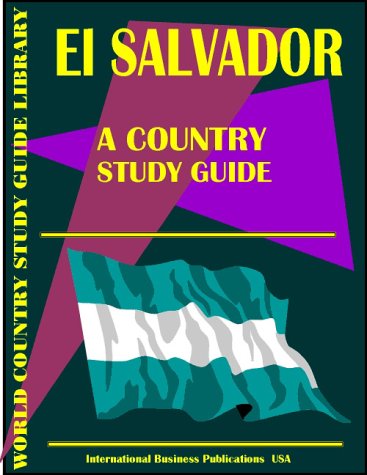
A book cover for El Salvador: Country Study Guide; Inc. Global Investment & Business Center; Travel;